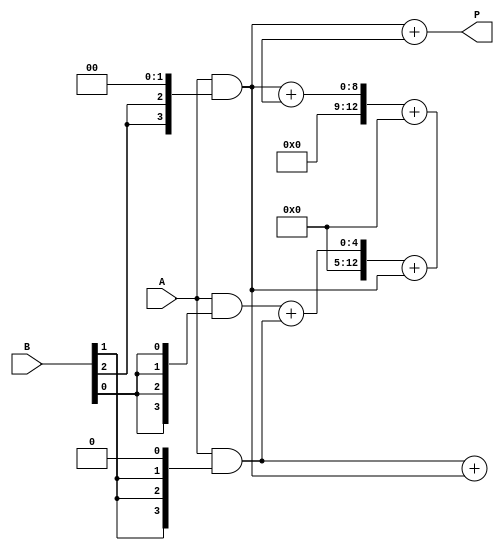
module wallace_tree_multiplier #(parameter N = 4) (
    input [N-1:0] A,
    input [N-1:0] B,
    output [2*N-1:0] P
);

    wire [N-1:0] pp [0:N-1]; // Partial products
    wire [2*N-1:0] sum [0:N]; // Sums for the reduction stages
    wire [N:0] carry [0:N]; // Carry bits for the full adders

    // Generate Partial Products
    genvar i, j;
    generate
        for (i = 0; i < N; i = i + 1) begin : generate_partial_products
            assign pp[i] = A & {N{B[i]}} << i; // Shifted AND
        end
    endgenerate

    // Reduction Stage
    // Stage 1: Combine partial products
    generate
        for (i = 0; i < N; i = i + 1) begin : reduction_stage_1
            if (i % 3 == 0 && i + 2 < N) begin
                assign {carry[i/3 + 1], sum[i/3]} = pp[i] + pp[i+1] + pp[i+2];
            end else if (i % 3 == 1) begin
                assign {carry[i/3], sum[i/3]} = pp[i] + pp[i+1];
            end else if (i % 3 == 2) begin
                assign sum[i/3] = pp[i];
            end
        end
    endgenerate

    // Stage 2: Continue reducing
    generate
        for (i = 0; i < (N + 2) / 3; i = i + 1) begin : reduction_stage_2
            if (i < (N + 2) / 3 - 1) begin
                assign {carry[i + 1], sum[i]} = sum[i * 3] + sum[i * 3 + 1] + sum[i * 3 + 2];
            end else if (i == (N + 2) / 3 - 1) begin
                assign sum[i] = sum[i * 3];
            end
        end
    endgenerate

    // Final addition of the last two sums
    assign P = sum[0] + sum[1];

endmodule